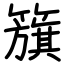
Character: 籏